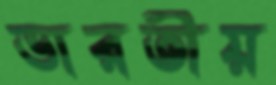
ভারতীয়